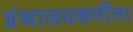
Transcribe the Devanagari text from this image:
ग्रंथालयकर्मीला